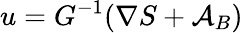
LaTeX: u=G^{-1}(\nabla S+{\mathcal{A}}_{B})